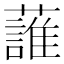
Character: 𧀣